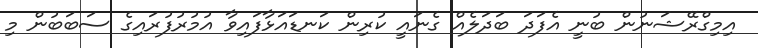
އިމިގްރޭޝަނުން ބުނީ އެފަދަ ބަދަލެއް ގެނައީ ކުރިން ކަނޑައަޅާފައިވާ އުމުރުފުރައިގެ ސަބަބުން މި